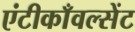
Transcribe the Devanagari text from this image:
एंटीकाँवल्सेंट